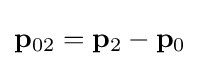
\mathbf {p} _{02}=\mathbf {p} _{2}-\mathbf {p} _{0}